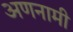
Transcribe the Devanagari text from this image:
अणनामी